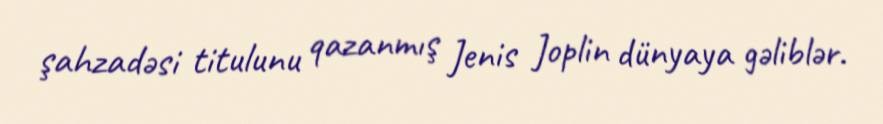
şahzadəsi titulunu qazanmış Jenis Joplin dünyaya gəliblər.